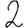
Digit: 2